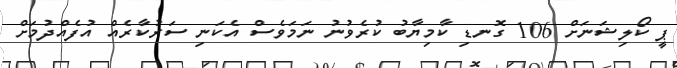
ޕީ ކޯލިޝަނަށް 106 ގޮނޑި ކާމިޔާބު ކުރެވުނު ނަމަވެސް އެކަނި ސަރުކާރެއް އުފެއްދުމަށް